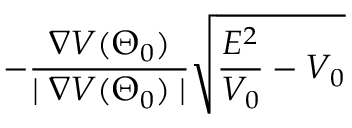
- \frac { \boldsymbol { \nabla } V ( \boldsymbol { \Theta } _ { 0 } ) } { \mid \boldsymbol { \nabla } V ( \boldsymbol { \Theta } _ { 0 } ) \mid } \sqrt { \frac { E ^ { 2 } } { V _ { 0 } } - V _ { 0 } }